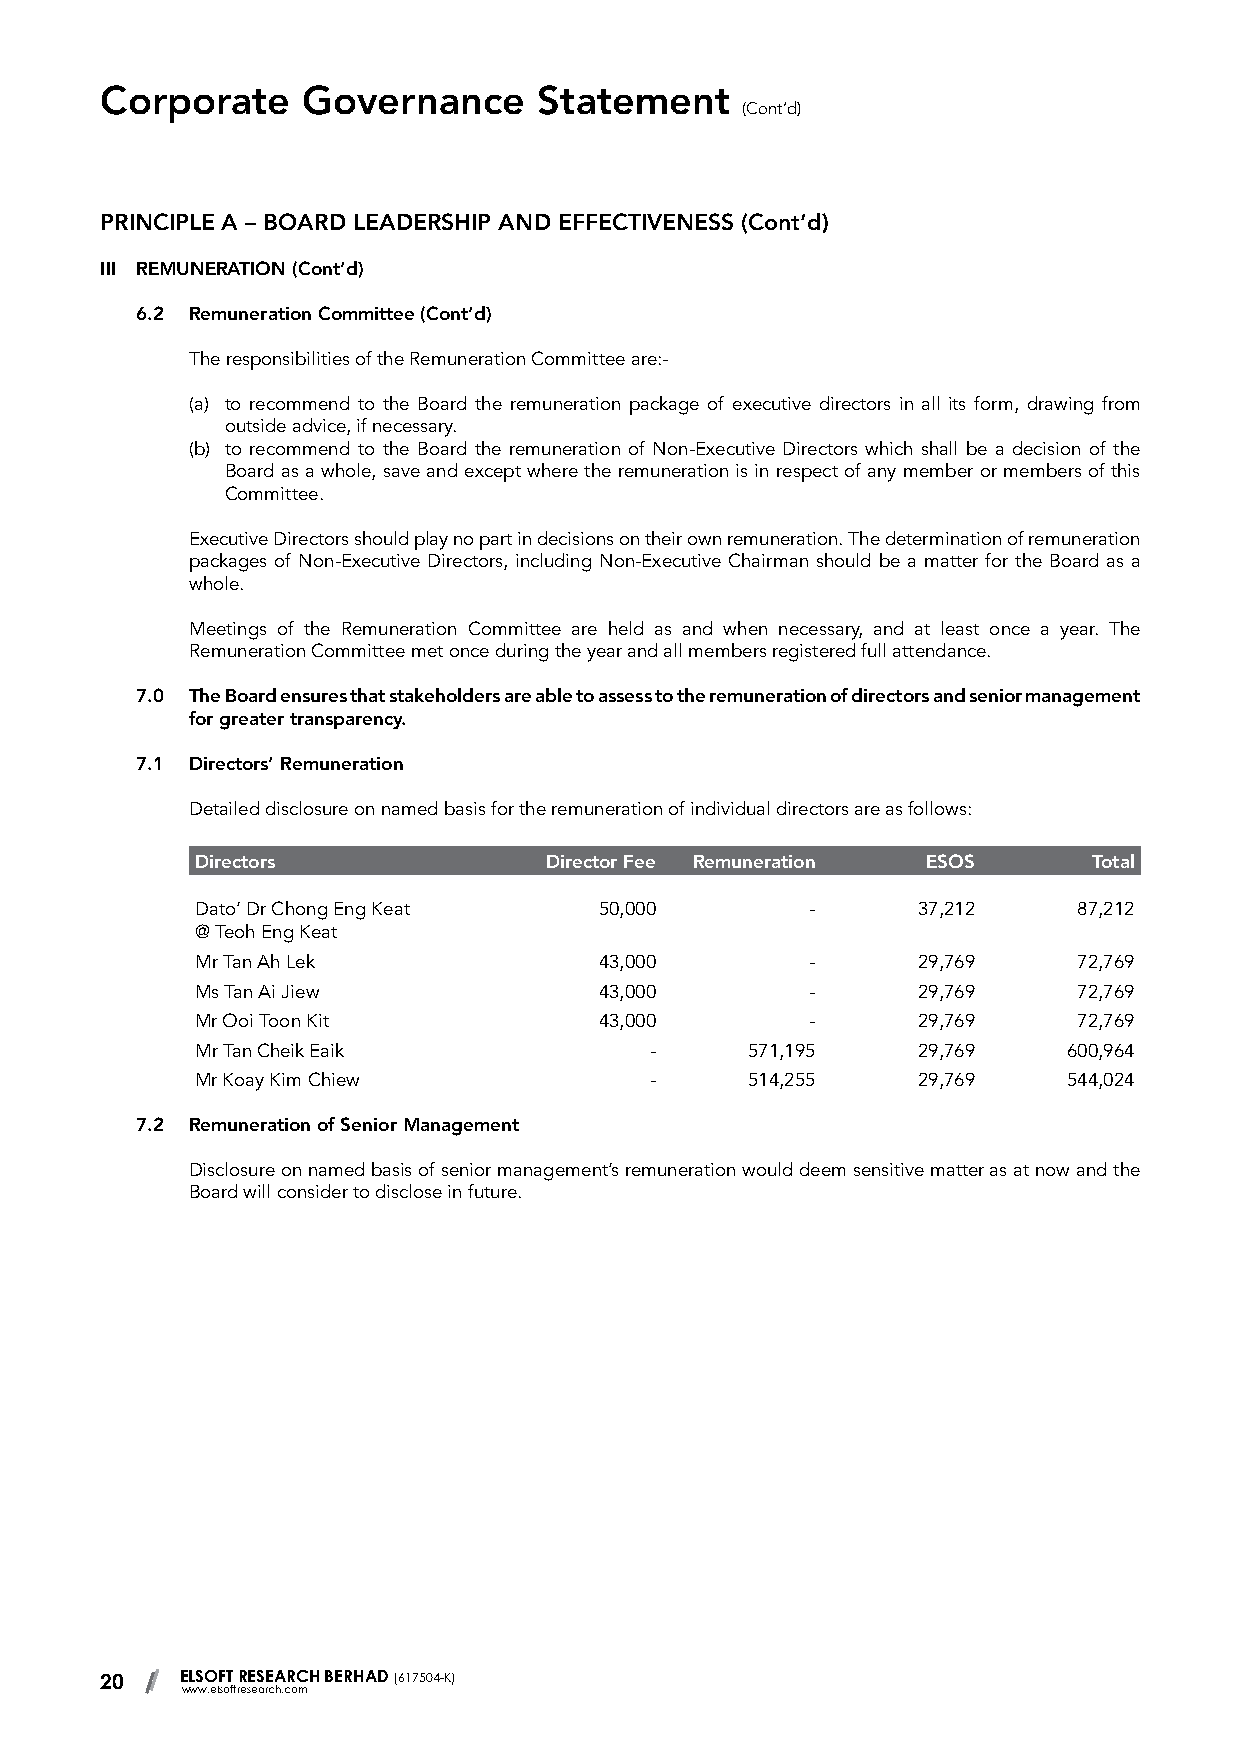
Corporate    Governance      Statement
 (Cont’d)
 PRINCIPLE A – BOARD LEADERSHIP AND EFFECTIVENESS (Cont’d)
 III REMUNERATION (Cont’d)
 6.2 Remuneration Committee (Cont’d)
 The responsibilities of the Remuneration Committee are:-
 (a) to recommend to the Board the remuneration package of executive directors in all its form, drawing from
 outside advice, if necessary.
 (b) to recommend to the Board the remuneration of Non-Executive Directors which shall be a decision of the
 Board as a whole, save and except where the remuneration is in respect of any member or members of this
 Committee.
 Executive Directors should play no part in decisions on their own remuneration. The determination of remuneration
 packages of Non-Executive Directors, including Non-Executive Chairman should be a matter for the Board as a
 whole.
 Meetings of the Remuneration Committee are held as and when necessary, and at least once a year. The
 Remuneration Committee met once during the year and all members registered full attendance.
 7.0 The Board ensures that stakeholders are able to assess to the remuneration of directors and senior management
 for greater transparency.
 7.1 Directors’ Remuneration
 Detailed disclosure on named basis for the remuneration of individual directors are as follows:
 Directors              Director Fee Remuneration ESOS      Total
 Dato’ Dr Chong Eng Keat    50,000        -      37,212    87,212
 @ Teoh Eng Keat
 Mr Tan Ah Lek              43,000        -      29,769    72,769
 Ms Tan Ai Jiew             43,000        -      29,769    72,769
 Mr Ooi Toon Kit            43,000        -      29,769    72,769
 Mr Tan Cheik Eaik             -     571,195     29,769    600,964
 Mr Koay Kim Chiew             -     514,255     29,769    544,024
 7.2 Remuneration of Senior Management
 Disclosure on named basis of senior management’s remuneration would deem sensitive matter as at now and the
 Board will consider to disclose in future.
 20   ELSOFT RESEARCH BERHAD (617504-K)
 www.elsoftresearch.com